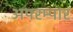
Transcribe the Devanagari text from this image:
अपरम्पार